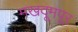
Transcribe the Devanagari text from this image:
मखदूमपूर